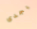
يجدى